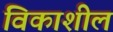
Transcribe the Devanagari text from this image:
विकाशील